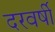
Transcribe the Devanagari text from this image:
दरवर्षी